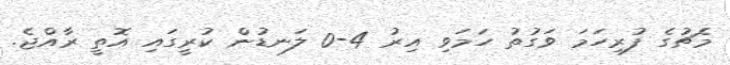
މެޗުގެ ފުރިހަމަ ވަގުތު ހަމަވި އިރު 4-0 ލަނޑުން ކުރީގައި އޮތީ ރާއްޖެ.